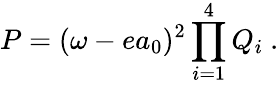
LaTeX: P=(\omega-ea_{0})^{2}\prod_{i=1}^{4}Q_{i}\ .